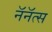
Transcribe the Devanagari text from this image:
नॅनॅत्स